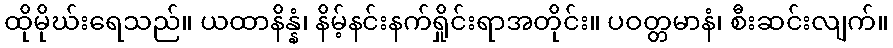
ထိုမိုဃ်းရေသည်။ ယထာနိန္နံ၊ နိမ့်နင်းနက်ရှိုင်းရာအတိုင်း။ ပဝတ္တမာနံ၊ စီးဆင်းလျက်။